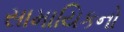
સામાયિકનો